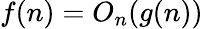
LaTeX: f(n)=O_{n}(g(n))